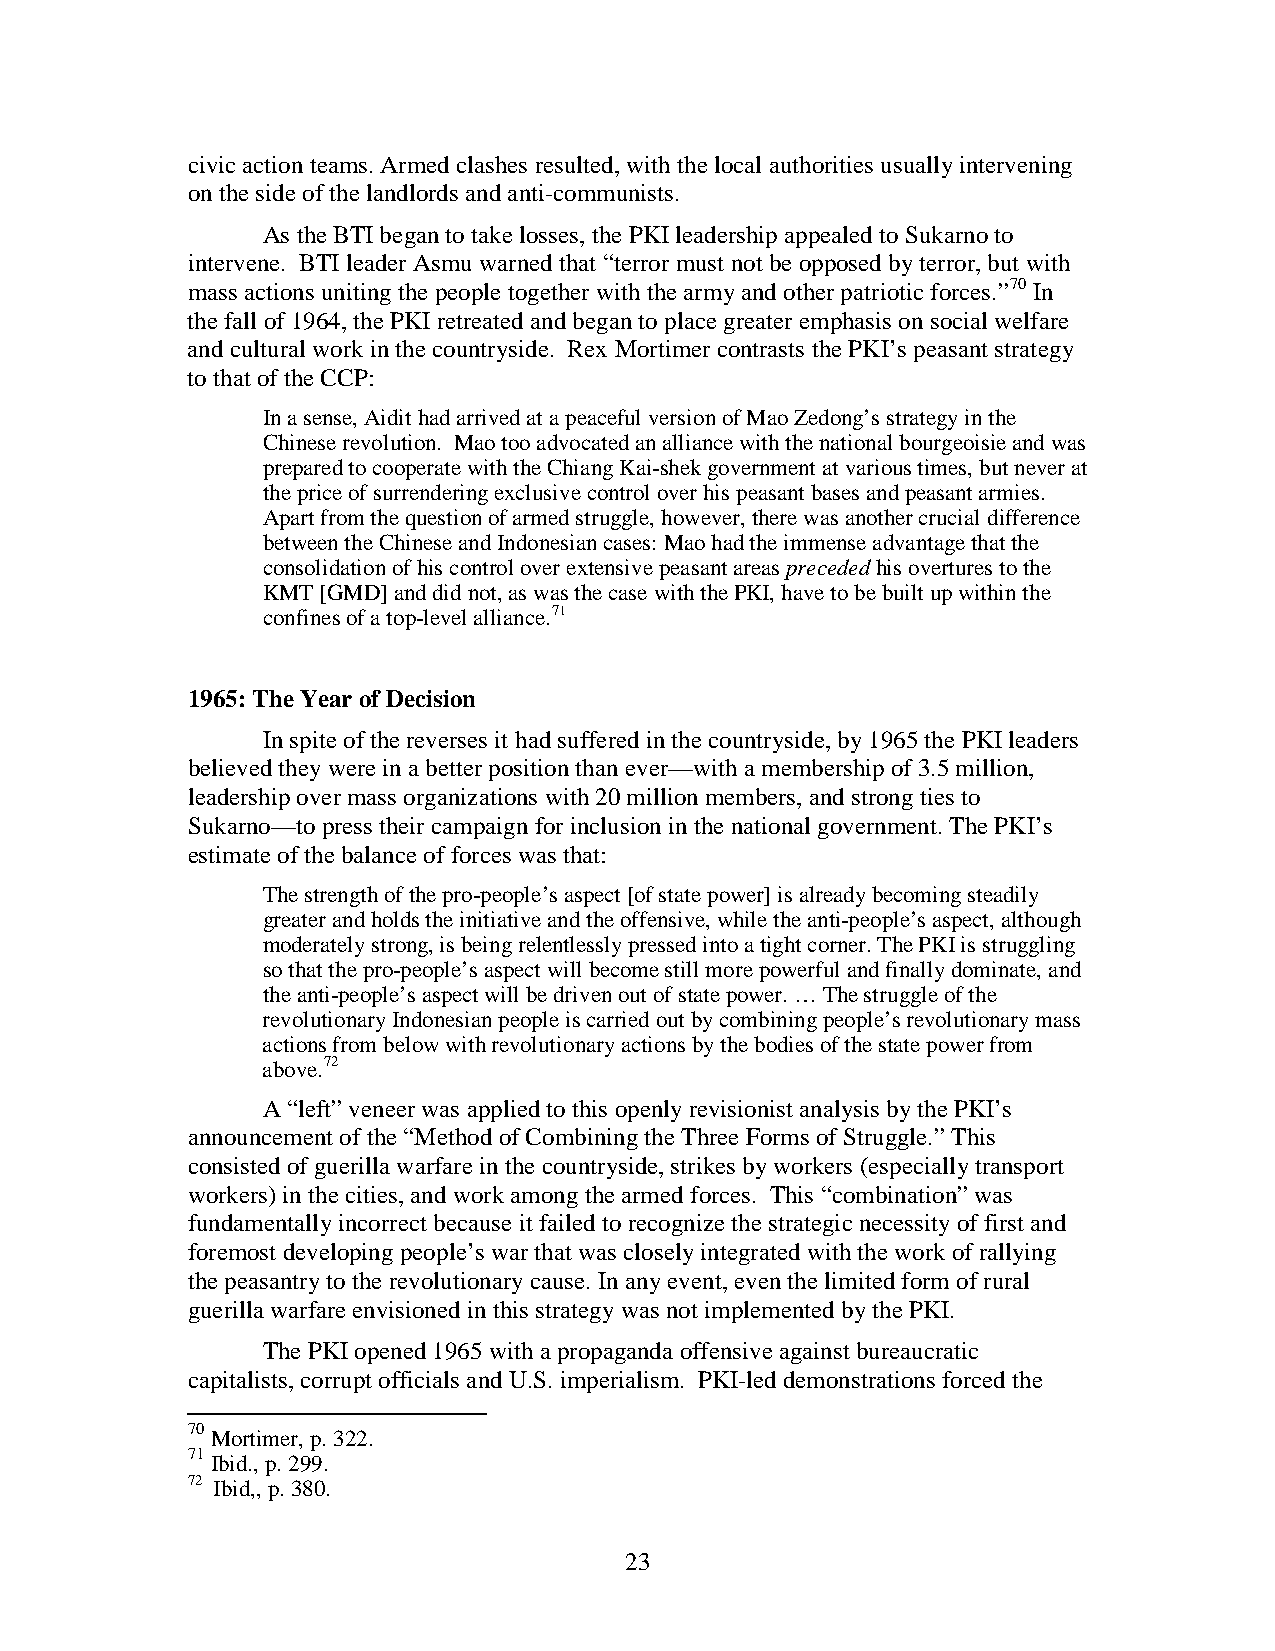
civic action teams. Armed clashes resulted, with the local authorities usually intervening
 on the side of the landlords and anti-communists.
 As the BTI began to take losses, the PKI leadership appealed to Sukarno to
 intervene. BTI leader Asmu warned that “terror must not be opposed by terror, but with
 mass actions uniting the people together with the army and other patriotic forces.”70 In
 the fall of 1964, the PKI retreated and began to place greater emphasis on social welfare
 and cultural work in the countryside. Rex Mortimer contrasts the PKI’s peasant strategy
 to that of the CCP:
 In a sense, Aidit had arrived at a peaceful version of Mao Zedong’s strategy in the
 Chinese revolution. Mao too advocated an alliance with the national bourgeoisie and was
 prepared to cooperate with the Chiang Kai-shek government at various times, but never at
 the price of surrendering exclusive control over his peasant bases and peasant armies.
 Apart from the question of armed struggle, however, there was another crucial difference
 between the Chinese and Indonesian cases: Mao had the immense advantage that the
 consolidation of his control over extensive peasant areas preceded his overtures to the
 KMT [GMD] and did not, as was the case with the PKI, have to be built up within the
 confines of a top-level alliance.71
 1965: The Year of Decision
 In spite of the reverses it had suffered in the countryside, by 1965 the PKI leaders
 believed they were in a better position than ever—with a membership of 3.5 million,
 leadership over mass organizations with 20 million members, and strong ties to
 Sukarno—to press their campaign for inclusion in the national government. The PKI’s
 estimate of the balance of forces was that:
 The strength of the pro-people’s aspect [of state power] is already becoming steadily
 greater and holds the initiative and the offensive, while the anti-people’s aspect, although
 moderately strong, is being relentlessly pressed into a tight corner. The PKI is struggling
 so that the pro-people’s aspect will become still more powerful and finally dominate, and
 the anti-people’s aspect will be driven out of state power. … The struggle of the
 revolutionary Indonesian people is carried out by combining people’s revolutionary mass
 actions from below with revolutionary actions by the bodies of the state power from
 above.72
 A “left” veneer was applied to this openly revisionist analysis by the PKI’s
 announcement of the “Method of Combining the Three Forms of Struggle.” This
 consisted of guerilla warfare in the countryside, strikes by workers (especially transport
 workers) in the cities, and work among the armed forces. This “combination” was
 fundamentally incorrect because it failed to recognize the strategic necessity of first and
 foremost developing people’s war that was closely integrated with the work of rallying
 the peasantry to the revolutionary cause. In any event, even the limited form of rural
 guerilla warfare envisioned in this strategy was not implemented by the PKI.
 The PKI opened 1965 with a propaganda offensive against bureaucratic
 capitalists, corrupt officials and U.S. imperialism. PKI-led demonstrations forced the
 70
 Mortimer, p. 322.
 71
 Ibid., p. 299.
 72 Ibid,, p. 380.
 23